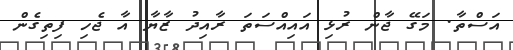
އަސްތާ. މަގޭ ޖާން ރުޅި އައިއްސަތަ ރާއިދު ޒާޔާ އާ ޖެހި ފިތިގެން